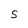
Character: S